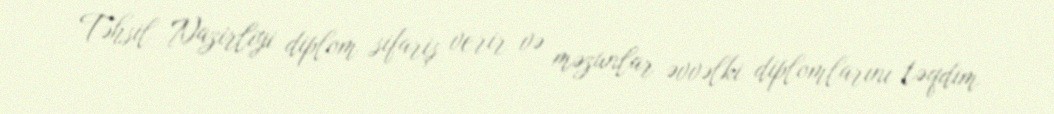
Təhsil Nazirliyi diplom sifariş verir və məzunlar əvvəlki diplomlarını təqdim